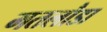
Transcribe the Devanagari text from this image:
मतलौडा